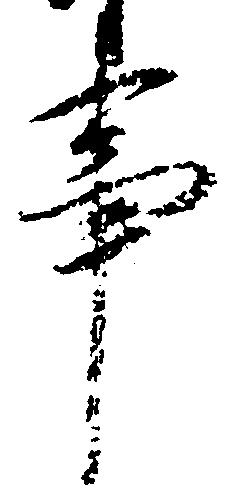
事